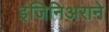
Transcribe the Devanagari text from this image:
इंजिनिअराने